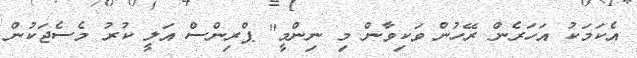
އެކަމަކު އަހަރެން ރޭހުން ވަކިވާން މި ނިންމީ" ޕްރިންސް އަލީ ކުރު މެސެޖަކުން